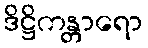
ဒိဋ္ဌိကန္တာရော